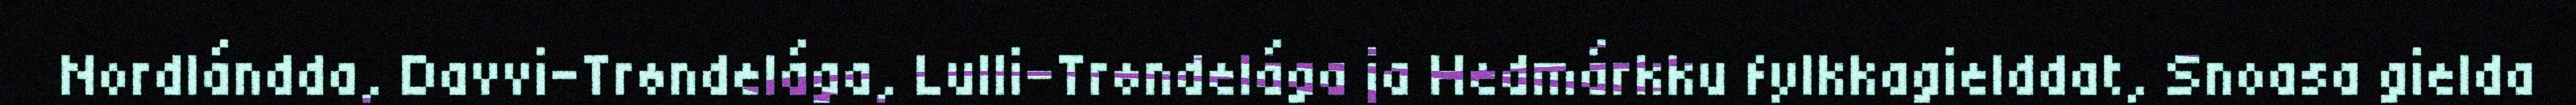
Nordlándda, Davvi-Trøndelága, Lulli-Trøndelága ja Hedmárkku fylkkagielddat, Snoasa gielda